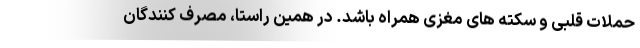
حملات قلبی و سکته های مغزی همراه باشد. در همین راستا، مصرف کنندگان